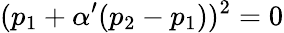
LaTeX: (p_{1}+\alpha^{\prime}(p_{2}-p_{1}))^{2}=0